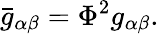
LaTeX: \bar{g}_{\alpha\beta}=\Phi^{2}g_{\alpha\beta}.